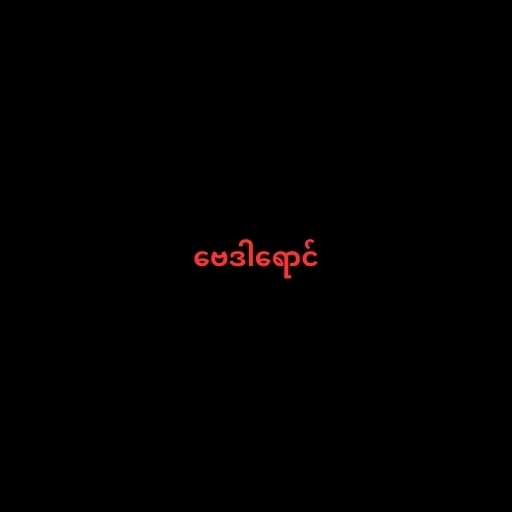
ဗေဒါရောင်